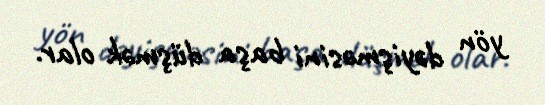
yön dəyişməsini başa düşmək olar.